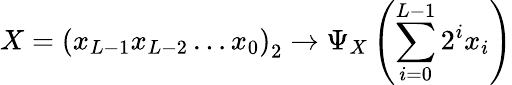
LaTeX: X=\left(x_{L-1}x_{L-2}\ldots x_{0}\right)_{2}\rightarrow\Psi_{X}\left(\sum_{i=0}^{L-1}2^{i}x_{i}\right)